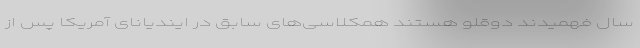
سال فهمیدند دوقلو هستند همکلاسی‌های سابق در ایندیانای آمریکا پس از